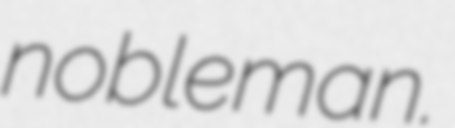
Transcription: nobleman.